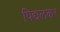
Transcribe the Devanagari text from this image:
पिद्यलकर